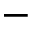
-